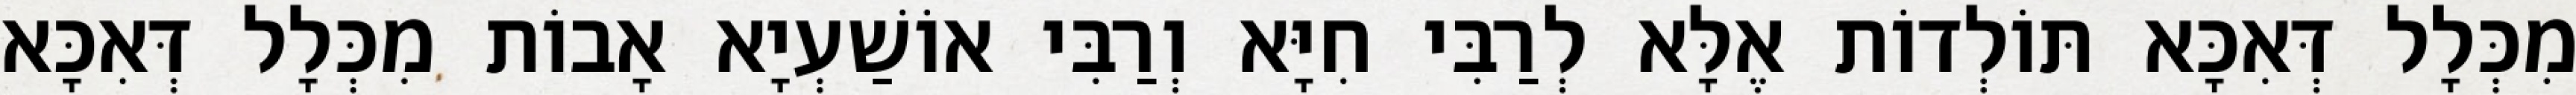
מִכְּלָל דְּאִכָּא תּוֹלְדוֹת אֶלָּא לְרַבִּי חִיָּא וְרַבִּי אוֹשַׁעְיָא אָבוֹת מִכְּלָל דְּאִכָּא